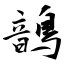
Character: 鶕